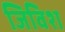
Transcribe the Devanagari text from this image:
जिविश